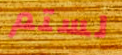
لستم